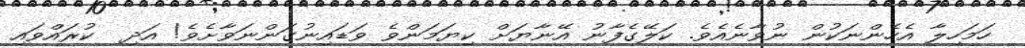
ހަމަހިލާ އެހެންނަކުން ނުވާނެއެވެ. ކަލޭގެފާނު އޭނާޔަށް ކިޔަމަންވެ ވަޑައިނުގަންނަވާށެވެ! އަދި  ކުރައްވައި